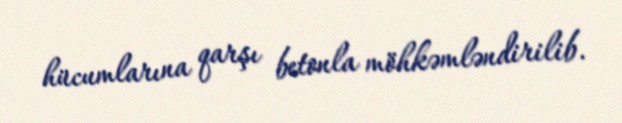
hücumlarına qarşı betonla möhkəmləndirilib.